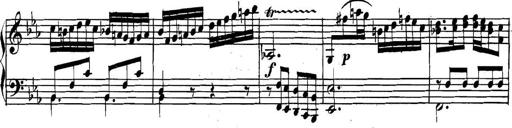
Title: Collected Piano Sonatas
Composer: Muzio Clementi